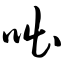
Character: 咄